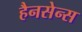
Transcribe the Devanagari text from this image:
हैनसेन्स